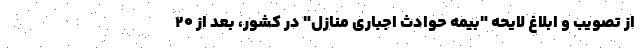
از تصویب و ابلاغ لایحه "بیمه حوادث اجباری منازل" در کشور، بعد از 20